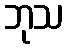
ဘုသ